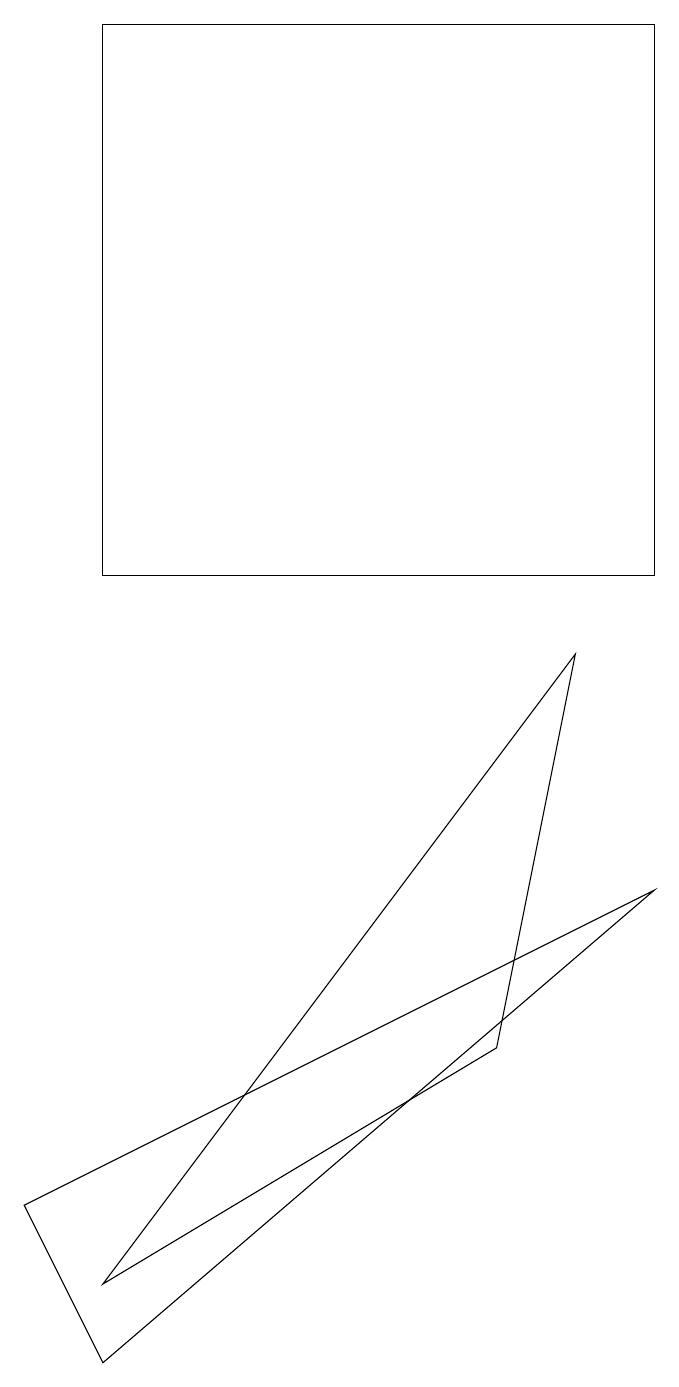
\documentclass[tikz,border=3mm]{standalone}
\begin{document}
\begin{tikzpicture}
\draw (8,6) -- (0,2) -- (1,0) -- cycle;
\draw (6,4) -- (7,9) -- (1,1) -- cycle;
\draw (8,10) rectangle (1,17);
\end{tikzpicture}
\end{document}